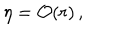
\eta = { \cal O } ( r ) \, ,